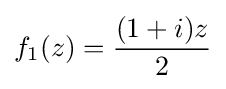
f_{1}(z)={\frac {(1+i)z}{2}}